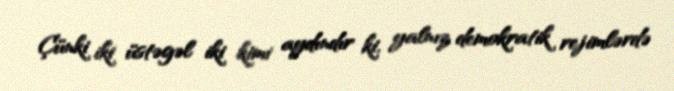
Çünki iki üstəgəl iki kimi aydındır ki, yalnız demokratik rejimlərdə